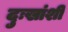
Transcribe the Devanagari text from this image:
दुःखांशी